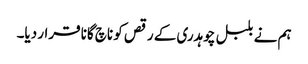
ہم نے بلبل چوہدری کے رقص کو ناچ گانا قرار دیا۔